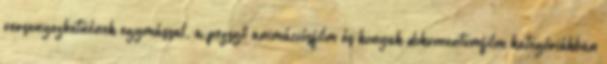
versenyezhetnének egymással, a pezsgő animációsfilm és konyak dokumentumfilm kategóriákban